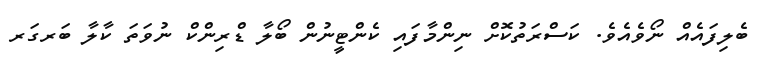
ބެލިފައެއް ނޯވެއެވެ. ކަސްރަތުކޮށް ނިންމާފައި ކެންޓީނުން ބޯލާ ޑްރިންކް ނުވަތަ ކާލާ ބަރގަރ